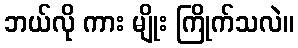
ဘယ်လို ကား မျိုး ကြိုက်သလဲ။